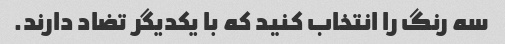
سه رنگ را انتخاب کنید که با یکدیگر تضاد دارند.